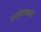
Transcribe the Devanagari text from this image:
उपकेंद्रांसाठी